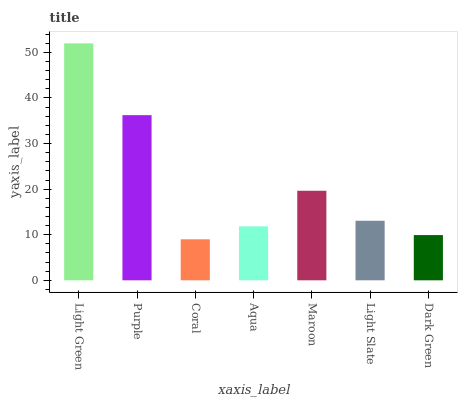
| xaxis_label | bars |
 | --- | --- |
 | Light Green | 52 |
 | Purple | 36.2 |
 | Coral | 9 |
 | Aqua | 11.8 |
 | Maroon | 19.6 |
 | Light Slate | 13.1 |
 | Dark Green | 9.92 |